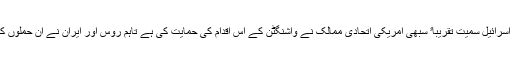
سعودی عرب اور اسرائیل سمیت تقریباﹰ سبھی امریکی اتحادی ممالک نے واشنگٹن کے اس اقدام کی حمایت کی ہے تاہم روس اور ایران نے ان حملوں کی شدید مذمت کی۔